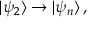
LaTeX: | \psi _ { 2 } \rangle \rightarrow | \psi _ { n } \rangle \, ,